NAE_ERA_R-30_Eesti_Riiklik_Spordiamet, lk 160
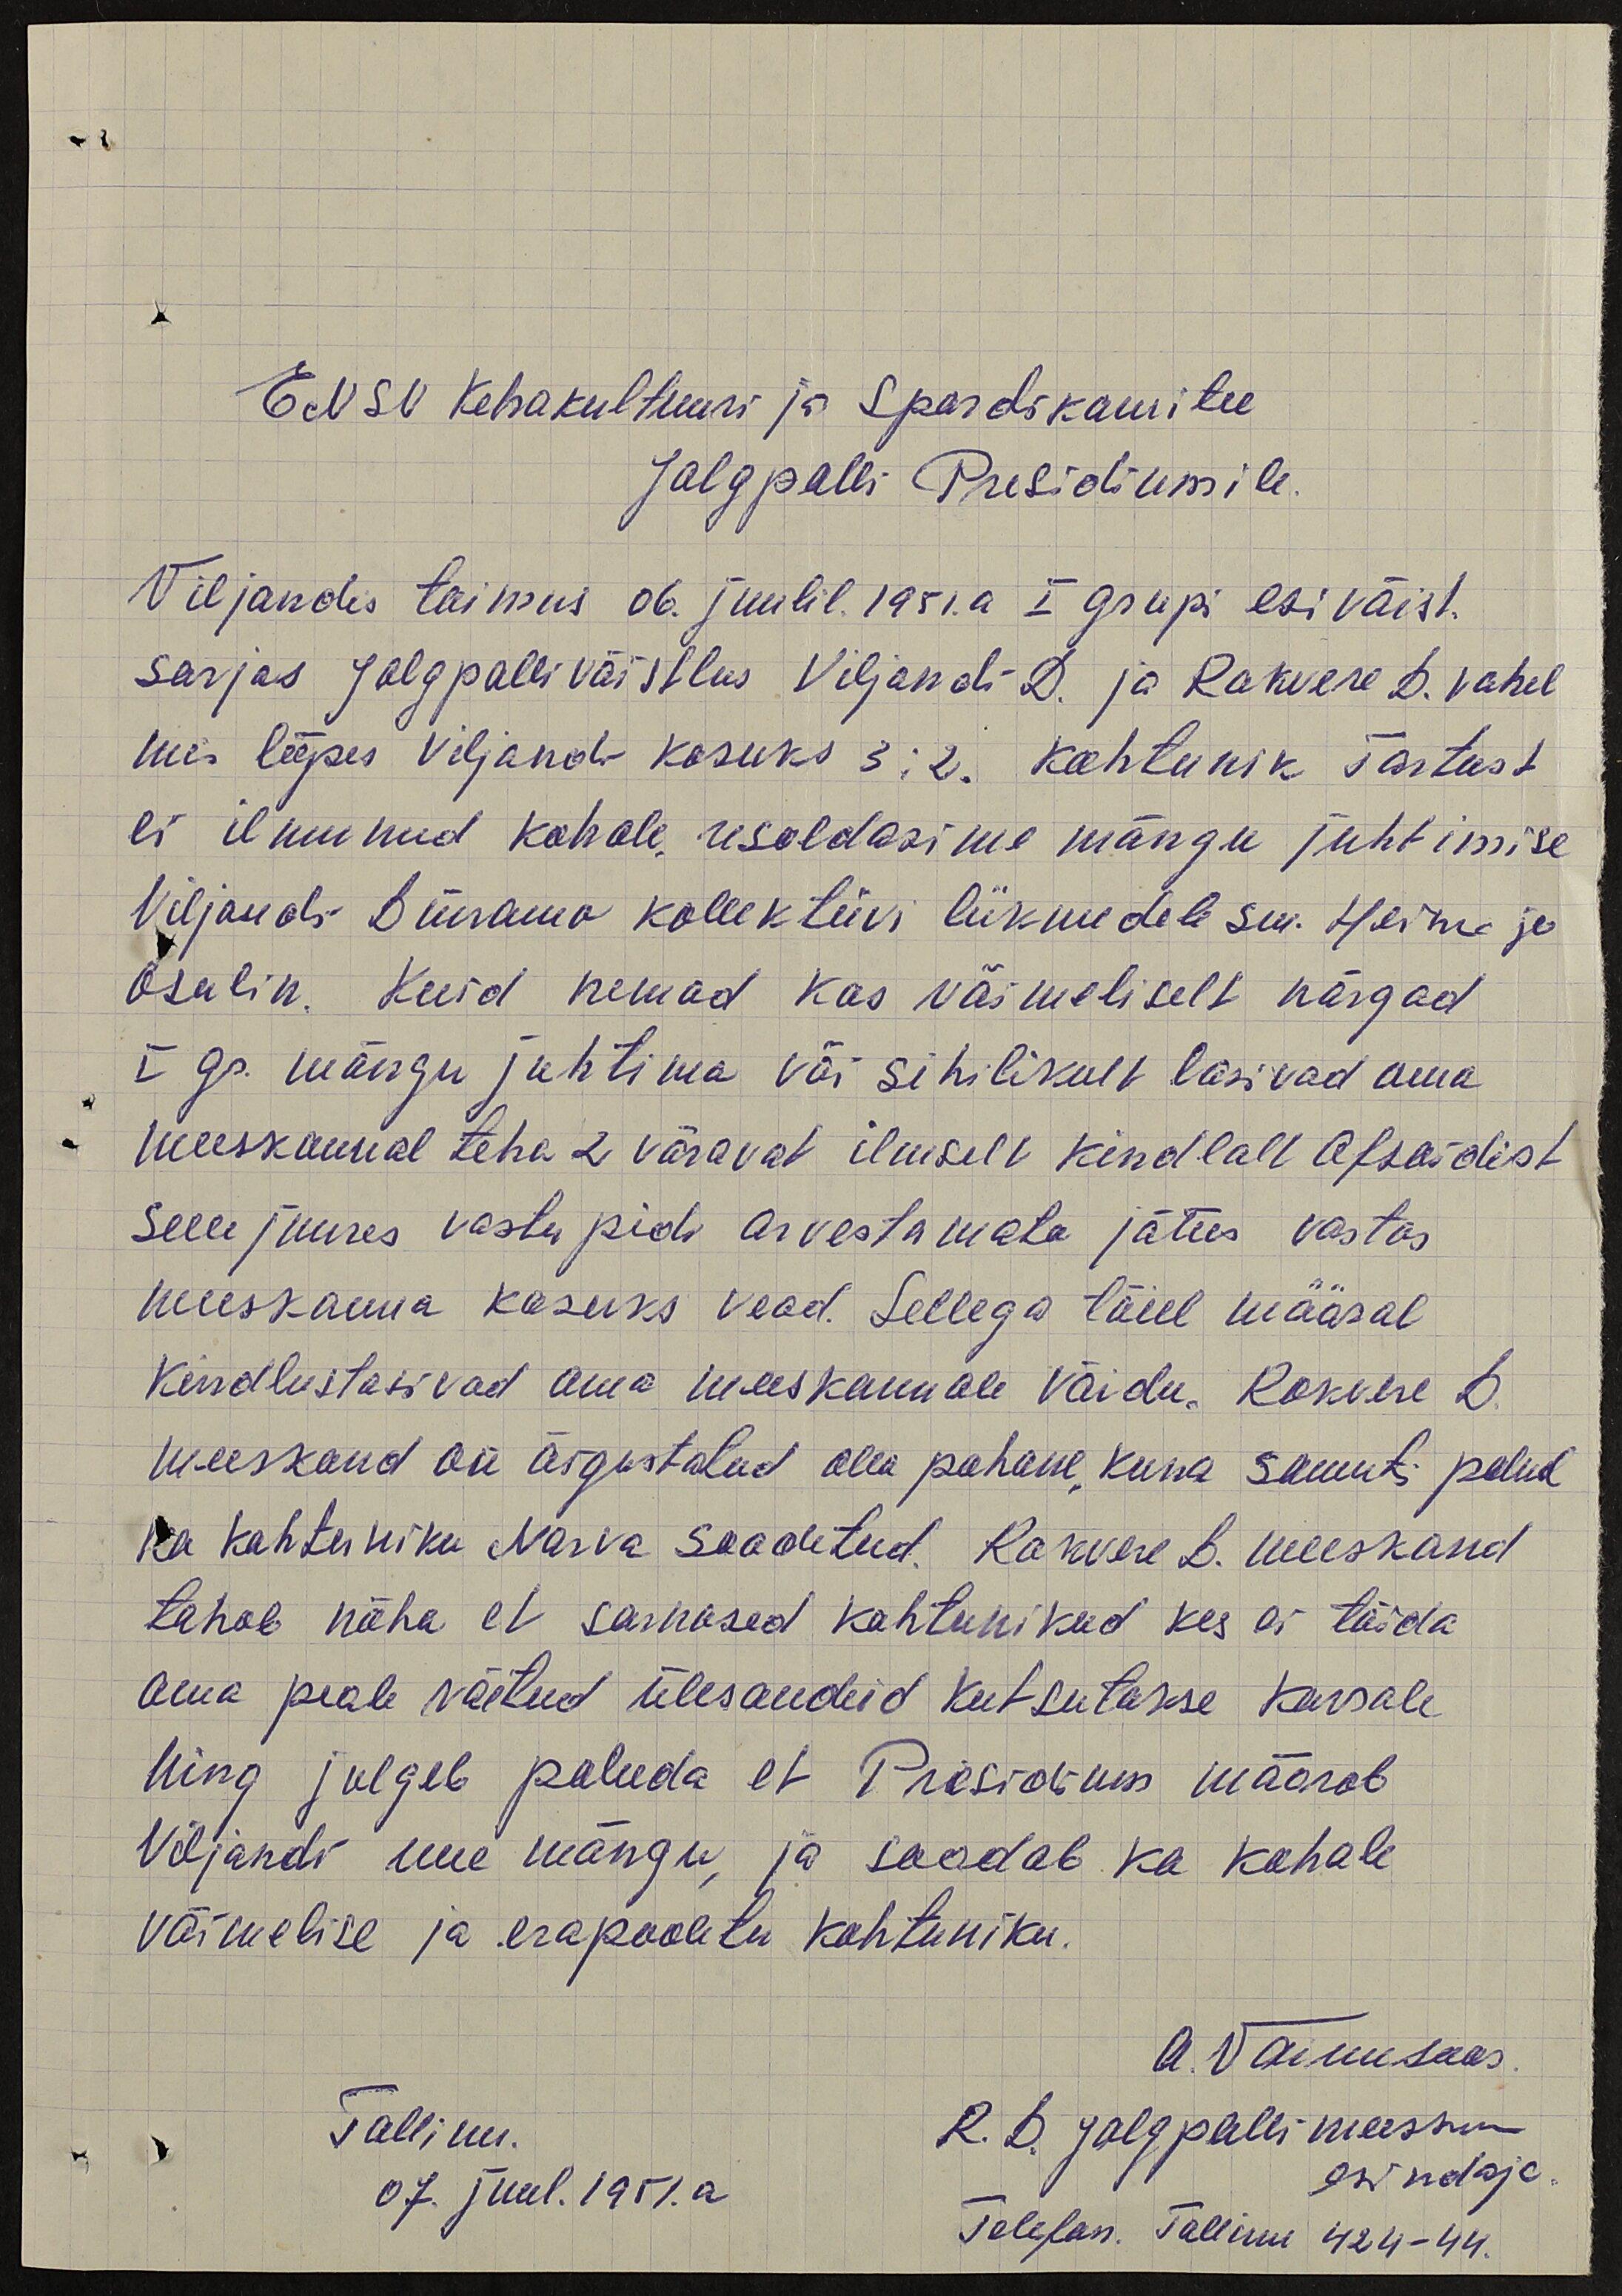
ENSV Kehakultuuri ja Spordikomitee
Jalgpalli Presidiumile.
Viljandis toimus 06. juulil. 1951. a I grupi esivõist.
sarjas jalgpallivõistlus Viljandi D. ja Rakvere D. vahel
mis lõpes Viljandi kasuks 3:2. kohtunik Tartust
ei ilmunud kohale, usaldasime mängu juhtimise
Viljandi Dünamo kollektiivi liikmedele sm. Heinme ja
Osulin. Kuid nemad kas võimeliselt nõrgad
I gr. mängu juhtima või sihilikult lasivad oma
meeskonnal teha 2 väravat ilmselt kindlalt ofsaidist
selle juures vastu pidi arvestamata jättes vastas
meeskonna kasuks vead. Sellega täiel määral
kindlustasivad oma meeskonnale võidu. Rakvere D.
meeskond on õigustatud olla pahane, kuna samuti polnd
ka kohtuniku Narva saadetud. Ranvere D. meeskond
tahab näha et sarnased kohtunikad kes ei täida
oma peale võetud ülesandeid kutsutakse korrale
ning julgeb paluda et Presidium määrab
Viljandi uue mängu, ja saadab ka kohale
võimelise ja erapooletu kohtuniku.
A. Vainusaar
Tallinn.
R. D. Jalgpalli meeskonna
07. juul. 1951. a.
esindaja.
Telefon. Tallinn 424-44.